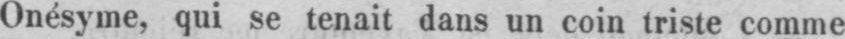
Onésyme, qui se tenait dans un coin triste comme